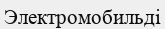
Электромобильді